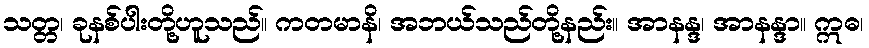
သတ္တ၊ ခုနစ်ပါးတို့ဟူသည်။ ကတမာနိ၊ အဘယ်သည်တို့နည်း။ အာနန္ဒ၊ အာနန္ဒာ။ ဣဓ၊